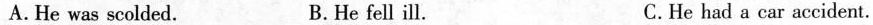
A.He was scolded. B.He fell ill. C.He had a car accident.